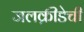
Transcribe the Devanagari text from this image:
जलक्रीडेची